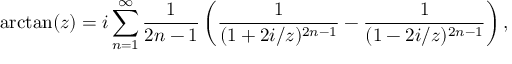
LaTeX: \arctan ( z ) = i \sum _ { n = 1 } ^ { \infty } { \frac { 1 } { 2 n - 1 } } \left( { \frac { 1 } { ( 1 + 2 i / z ) ^ { 2 n - 1 } } } - { \frac { 1 } { ( 1 - 2 i / z ) ^ { 2 n - 1 } } } \right) ,